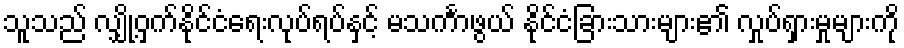
သူသည် လျှို့ဝှက်နိုင်ငံရေးလုပ်ရပ်နှင့် မသင်္ကာဖွယ် နိုင်ငံခြားသားများ၏ လှုပ်ရှားမှုများကို